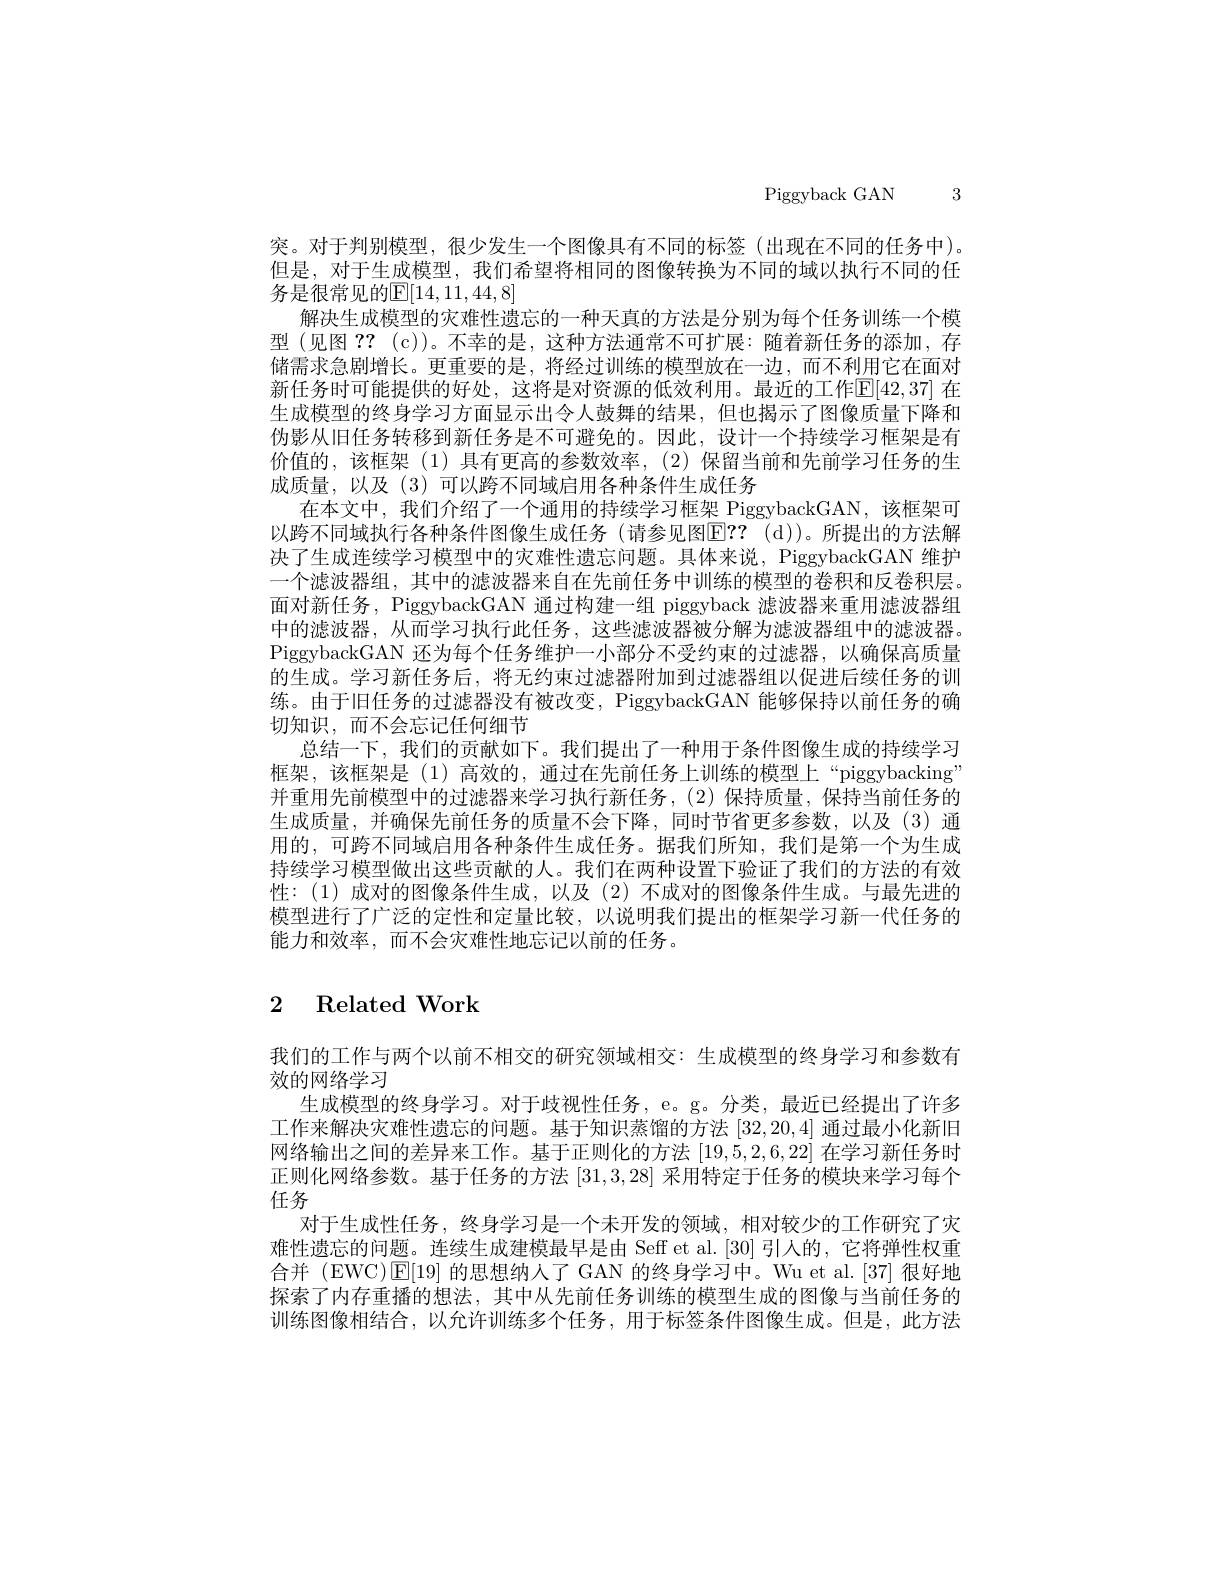
Piggyback GAN

突。对于判别模型，很少发生一个图像具有不同的标签(出现在不同的任务中)。但是，对于生成模型，我们希望将相同的图像转换为不同的域以执行不同的任务是很常见的$\mathbb{E}[14,11,44,8]$
解决生成模型的灾难性遗忘的一种天真的方法是分别为每个任务训练一个模型(见图？? (c))。不幸的是，这种方法通常不可扩展：随着新任务的添加，存储需求急剧增长。更重要的是，将经过训练的模型放在一边，而不利用它在面对新任务时可能提供的好处，这将是对资源的低效利用。最近的工作$\mathbb{E}[42,37]$ 在生成模型的终身学习方面显示出令人鼓舞的结果，但也揭示了图像质量下降和伪影从旧任务转移到新任务是不可避免的。因此，设计一个持续学习框架是有价值的，该框架(1)具有更高的参数效率，(2)保留当前和先前学习任务的生成质量，以及(3)可以跨不同域启用各种条件生成任务
在本文中，我们介绍了一个通用的持续学习框架 PiggybackGAN,该框架可以跨不同域执行各种条件图像生成任务(请参见图EF？? ( d) )。所提出的方法解决了生成连续学习模型中的灾难性遗忘问题。具体来说，PiggybackGAN 维护一个滤波器组，其中的滤波器来自在先前任务中训练的模型的卷积和反卷积层。面对新任务，PiggybackGAN 通过构建一组 piggyback 滤波器来重用滤波器组中的滤波器，从而学习执行此任务，这些滤波器被分解为滤波器组中的滤波器。PiggybackGAN 还为每个任务维护一小部分不受约束的过滤器，以确保高质量的生成。学习新任务后，将无约束过滤器附加到过滤器组以促进后续任务的训练。由于旧任务的过滤器没有被改变，PiggybackGAN 能够保持以前任务的确切知识，而不会忘记任何细节
总结一下，我们的贡献如下。我们提出了一种用于条件图像生成的持续学习框架，该框架是(1)高效的，通过在先前任务上训练的模型上“piggybacking’ 并重用先前模型中的过滤器来学习执行新任务，(2)保持质量，保持当前任务的生成质量，并确保先前任务的质量不会下降，同时节省更多参数，以及(3)通用的，可跨不同域启用各种条件生成任务。据我们所知，我们是第一个为生成持续学习模型做出这些贡献的人。我们在两种设置下验证了我们的方法的有效性：(1)成对的图像条件生成，以及(2)不成对的图像条件生成。与最先进的模型进行了广泛的定性和定量比较，以说明我们提出的框架学习新一代任务的能力和效率，而不会灾难性地忘记以前的任务。

# 2 Related Work

我们的工作与两个以前不相交的研究领域相交：生成模型的终身学习和参数有
效的网络学习
生成模型的终身学习。对于歧视性任务，e。g。分类，最近已经提出了许多工作来解决灾难性遗忘的问题。基于知识蒸馏的方法[32,20,4]通过最小化新旧网络输出之间的差异来工作。基于正则化的方法[19,5,2,6,22]在学习新任务时正则化网络参数。基于任务的方法[31,3,28]采用特定于任务的模块来学习每个任务
对于生成性任务，终身学习是一个未开发的领域，相对较少的工作研究了灾难性遗忘的问题。连续生成建模最早是由 Seff et al. [30]引人的，它将弹性权重合并 (EWC)$\operatorname{E}[19]$的思想纳人了 GAN 的终身学习中。Wu et al.[37] 很好地探索了内存重播的想法，其中从先前任务训练的模型生成的图像与当前任务的训练图像相结合，以允许训练多个任务，用于标签条件图像生成。但是，此方法